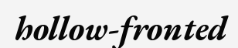
hollow-fronted